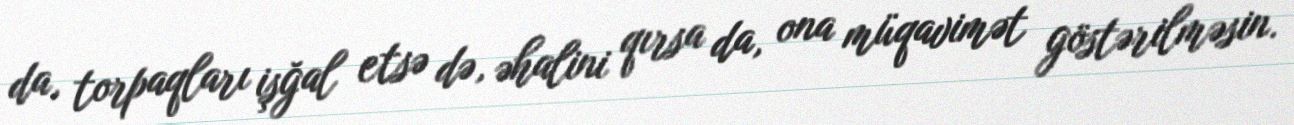
da, torpaqları işğal etsə də, əhalini qırsa da, ona müqavimət göstərilməsin.